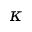
\kappa